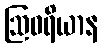
ဩဝရိယာန